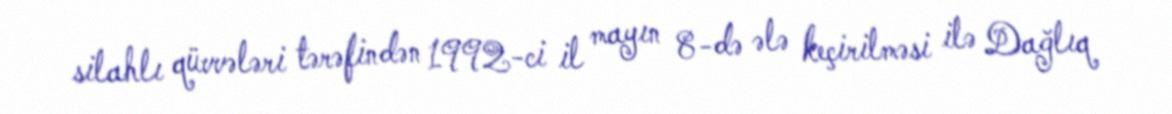
silahlı qüvvələri tərəfindən 1992-ci il mayın 8-də ələ keçirilməsi ilə Dağlıq